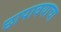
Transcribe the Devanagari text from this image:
छापावयाचा